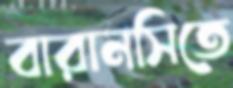
বারানসিতে